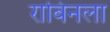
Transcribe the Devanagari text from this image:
राबिनला